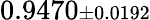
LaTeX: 0.9470{\scriptstyle\pm 0.0192}